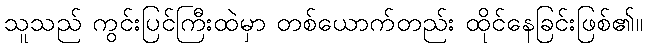
သူသည် ကွင်းပြင်ကြီးထဲမှာ တစ်ယောက်တည်း ထိုင်နေခြင်းဖြစ်၏။